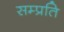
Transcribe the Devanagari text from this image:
सम्‍प्रति